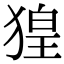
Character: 𤟡